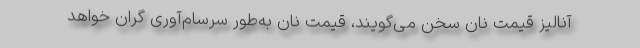
آنالیز قیمت نان سخن می‌گویند، قیمت نان به‌طور سرسام‌آوری گران خواهد